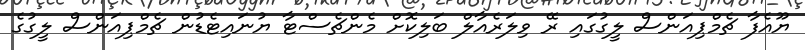
ޔޫއެފާ ޗެމްޕިއަންސް ލީގުގައި ރޭ ވިލަރެއާލް ބަލިކޮށް މެންޗެސްޓާ ޔުނައިޓެޑުން ޗެމްޕިއަންސް ލީގުގެ